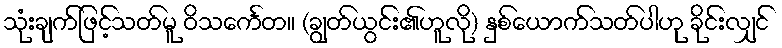
သုံးချက်ဖြင့်သတ်မူ ဝိသင်္ကေတ။ (ချွတ်ယွင်း၏ဟူလို) နှစ်ယောက်သတ်ပါဟု ခိုင်းလျှင်